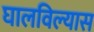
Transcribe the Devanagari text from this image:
घालविल्यास